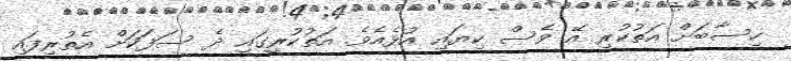
ހިސާބަށް އަތުކުރި އޭ ވެސް ކިޔައި އުޅެއެވެ. އަތުކުރީގައި ދެ ސަފަކަށް އެތުރިފައި